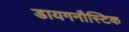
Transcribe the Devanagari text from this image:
डायगनौस्टिक